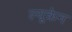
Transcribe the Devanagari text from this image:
ल्यूक्रेन